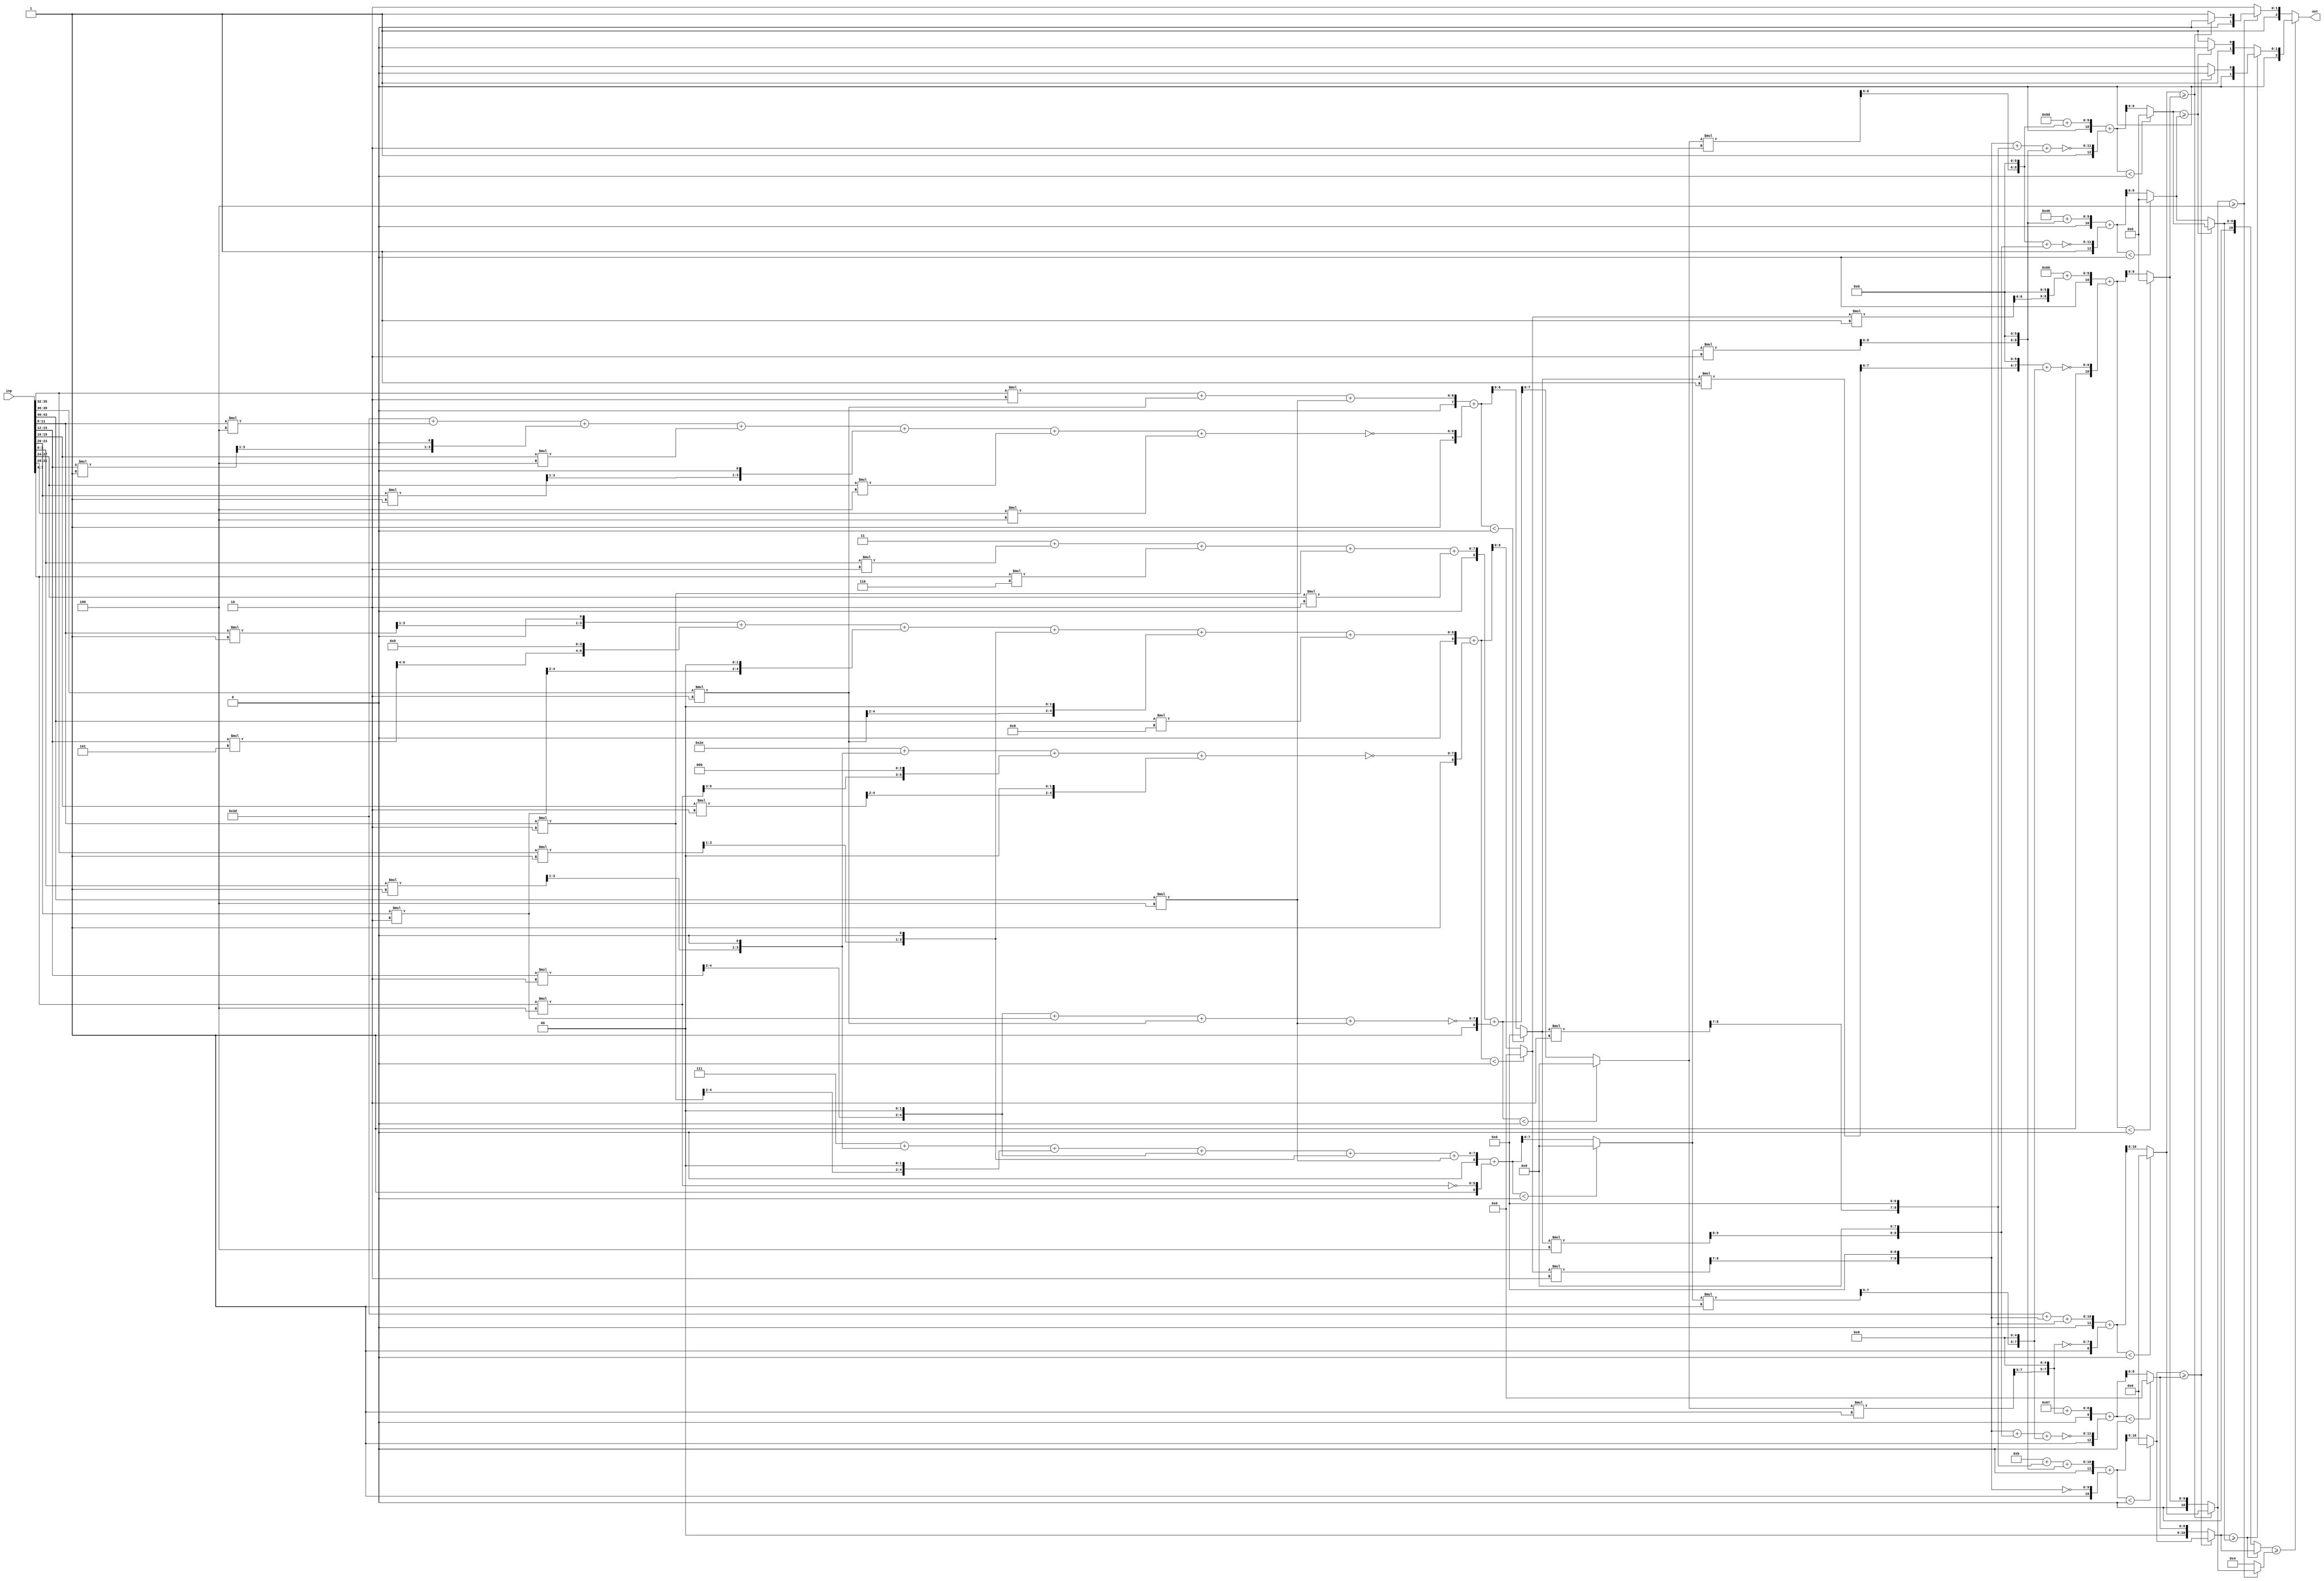
//AX Config: [0.36, 2.91, 3, 0.764, 0.5211]
//THL0: 0.36
//THL1: 2.91
//MSB: 3
//weights: [[[2, 6, 2, -2, 0, -2, 2, 0, 0, -2, -4], [-1, -4, 1, 5, -2, 2, 0, 0, 1, 2, 8], [0, 0, -4, -1, -4, -1, -4, -4, 2, 2, 4], [1, -4, 2, 2, 0, 0, 0, 0, 1, 0, 4]], [[0, -2, 2, 2], [1, -2, -4, -1], [2, -2, -2, -2], [-2, 0, -4, 2], [-1, 2, 2, 0], [0, 1, -1, -1], [0, 0, 0, 0]]]
//intercepts: [[3, -46, -61, 7], [11, 103, 157, 70, 61, 96, 4]]
//ax width : [[[(5, 0), (7, 0), (5, 0), (5, 3), (0, 0), (5, 0), (5, 0), (0, 0), (0, 0), (5, 0), (6, 0)], [(4, 2), (6, 4), (4, 2), (7, 5), (5, 3), (5, 3), (0, 0), (0, 0), (4, 2), (5, 3), (7, 0)], [(0, 0), (0, 0), (6, 0), (4, 2), (6, 0), (4, 2), (6, 0), (6, 0), (5, 0), (5, 0), (6, 0)], [(4, 2), (6, 0), (5, 3), (5, 3), (0, 0), (0, 0), (0, 0), (0, 0), (4, 2), (0, 0), (6, 0)]], [[(0, 0), (10, 8), (10, 8), (9, 7)], [(8, 6), (10, 8), (11, 9), (8, 6)], [(9, 7), (10, 8), (10, 8), (9, 7)], [(9, 7), (0, 0), (11, 9), (9, 7)], [(8, 6), (10, 8), (10, 8), (0, 0)], [(0, 0), (9, 7), (9, 7), (8, 6)], [(0, 0), (0, 0), (0, 0), (0, 0)]]]
module top (inp, out);
input [43:0] inp;
output [2:0] out;

// layer: 0 - neuron: 0
    //weight 2 : 2'b10
    wire [4:0] n_0_0_po_0, n_0_0_po_0_ax;
    assign n_0_0_po_0 = $unsigned(inp[3:0]) * $unsigned(2'b10);
    assign n_0_0_po_0_ax = n_0_0_po_0[4:0];

    //weight 6 : 3'b110
    wire [6:0] n_0_0_po_1, n_0_0_po_1_ax;
    assign n_0_0_po_1 = $unsigned(inp[7:4]) * $unsigned(3'b110);
    assign n_0_0_po_1_ax = n_0_0_po_1[6:0];

    //weight 2 : 2'b10
    wire [4:0] n_0_0_po_2, n_0_0_po_2_ax;
    assign n_0_0_po_2 = $unsigned(inp[11:8]) * $unsigned(2'b10);
    assign n_0_0_po_2_ax = n_0_0_po_2[4:0];

    //weight abs(-2) : 2'b10
    wire [4:0] n_0_0_po_3, n_0_0_po_3_ax;
    assign n_0_0_po_3 = $unsigned(inp[15:12]) * $unsigned(2'b10);
    assign n_0_0_po_3_ax = {n_0_0_po_3[4:2], {2{1'b0}}};

    //weight 0 : skip
    //weight abs(-2) : 2'b10
    wire [4:0] n_0_0_po_5, n_0_0_po_5_ax;
    assign n_0_0_po_5 = $unsigned(inp[23:20]) * $unsigned(2'b10);
    assign n_0_0_po_5_ax = n_0_0_po_5[4:0];

    //weight 2 : 2'b10
    wire [4:0] n_0_0_po_6, n_0_0_po_6_ax;
    assign n_0_0_po_6 = $unsigned(inp[27:24]) * $unsigned(2'b10);
    assign n_0_0_po_6_ax = n_0_0_po_6[4:0];

    //weight 0 : skip
    //weight 0 : skip
    //weight abs(-2) : 2'b10
    wire [4:0] n_0_0_po_9, n_0_0_po_9_ax;
    assign n_0_0_po_9 = $unsigned(inp[39:36]) * $unsigned(2'b10);
    assign n_0_0_po_9_ax = n_0_0_po_9[4:0];

    //weight abs(-4) : 3'b100
    wire [5:0] n_0_0_po_10, n_0_0_po_10_ax;
    assign n_0_0_po_10 = $unsigned(inp[43:40]) * $unsigned(3'b100);
    assign n_0_0_po_10_ax = n_0_0_po_10[5:0];

    //accumulate positive/negative subproducts
    wire [7:0] n_0_0_sum_pos;
    assign n_0_0_sum_pos = 2'b11 + n_0_0_po_0_ax + n_0_0_po_1_ax + n_0_0_po_2_ax + n_0_0_po_6_ax;
    wire [7:0] n_0_0_sum_neg;
    assign n_0_0_sum_neg = n_0_0_po_3_ax + n_0_0_po_5_ax + n_0_0_po_9_ax + n_0_0_po_10_ax;
    wire signed [8:0] n_0_0_sum;
    assign n_0_0_sum = $signed({1'b0,n_0_0_sum_pos}) + $signed({1'b1,~n_0_0_sum_neg});

    //relu
    wire [7:0] n_0_0;
    assign n_0_0 = (n_0_0_sum<0) ? $unsigned({8{1'b0}}) : $unsigned(n_0_0_sum[7:0]);

// layer: 0 - neuron: 1
    //weight abs(-1) : 1'b1
    wire [3:0] n_0_1_po_0, n_0_1_po_0_ax;
    assign n_0_1_po_0 = $unsigned(inp[3:0]) * $unsigned(1'b1);
    assign n_0_1_po_0_ax = {n_0_1_po_0[3:1], {1{1'b0}}};

    //weight abs(-4) : 3'b100
    wire [5:0] n_0_1_po_1, n_0_1_po_1_ax;
    assign n_0_1_po_1 = $unsigned(inp[7:4]) * $unsigned(3'b100);
    assign n_0_1_po_1_ax = {n_0_1_po_1[5:3], {3{1'b0}}};

    //weight 1 : 1'b1
    wire [3:0] n_0_1_po_2, n_0_1_po_2_ax;
    assign n_0_1_po_2 = $unsigned(inp[11:8]) * $unsigned(1'b1);
    assign n_0_1_po_2_ax = {n_0_1_po_2[3:1], {1{1'b0}}};

    //weight 5 : 3'b101
    wire [6:0] n_0_1_po_3, n_0_1_po_3_ax;
    assign n_0_1_po_3 = $unsigned(inp[15:12]) * $unsigned(3'b101);
    assign n_0_1_po_3_ax = {n_0_1_po_3[6:4], {4{1'b0}}};

    //weight abs(-2) : 2'b10
    wire [4:0] n_0_1_po_4, n_0_1_po_4_ax;
    assign n_0_1_po_4 = $unsigned(inp[19:16]) * $unsigned(2'b10);
    assign n_0_1_po_4_ax = {n_0_1_po_4[4:2], {2{1'b0}}};

    //weight 2 : 2'b10
    wire [4:0] n_0_1_po_5, n_0_1_po_5_ax;
    assign n_0_1_po_5 = $unsigned(inp[23:20]) * $unsigned(2'b10);
    assign n_0_1_po_5_ax = {n_0_1_po_5[4:2], {2{1'b0}}};

    //weight 0 : skip
    //weight 0 : skip
    //weight 1 : 1'b1
    wire [3:0] n_0_1_po_8, n_0_1_po_8_ax;
    assign n_0_1_po_8 = $unsigned(inp[35:32]) * $unsigned(1'b1);
    assign n_0_1_po_8_ax = {n_0_1_po_8[3:1], {1{1'b0}}};

    //weight 2 : 2'b10
    wire [4:0] n_0_1_po_9, n_0_1_po_9_ax;
    assign n_0_1_po_9 = $unsigned(inp[39:36]) * $unsigned(2'b10);
    assign n_0_1_po_9_ax = {n_0_1_po_9[4:2], {2{1'b0}}};

    //weight 8 : 4'b1000
    wire [6:0] n_0_1_po_10, n_0_1_po_10_ax;
    assign n_0_1_po_10 = $unsigned(inp[43:40]) * $unsigned(4'b1000);
    assign n_0_1_po_10_ax = n_0_1_po_10[6:0];

    //accumulate positive/negative subproducts
    wire [8:0] n_0_1_sum_pos;
    assign n_0_1_sum_pos = n_0_1_po_2_ax + n_0_1_po_3_ax + n_0_1_po_5_ax + n_0_1_po_8_ax + n_0_1_po_9_ax + n_0_1_po_10_ax;
    wire [7:0] n_0_1_sum_neg;
    assign n_0_1_sum_neg = 6'b101110 + n_0_1_po_0_ax + n_0_1_po_1_ax + n_0_1_po_4_ax;
    wire signed [9:0] n_0_1_sum;
    assign n_0_1_sum = $signed({1'b0,n_0_1_sum_pos}) + $signed({1'b1,~n_0_1_sum_neg});

    //relu
    wire [8:0] n_0_1;
    assign n_0_1 = (n_0_1_sum<0) ? $unsigned({9{1'b0}}) : $unsigned(n_0_1_sum[8:0]);

// layer: 0 - neuron: 2
    //weight 0 : skip
    //weight 0 : skip
    //weight abs(-4) : 3'b100
    wire [5:0] n_0_2_po_2, n_0_2_po_2_ax;
    assign n_0_2_po_2 = $unsigned(inp[11:8]) * $unsigned(3'b100);
    assign n_0_2_po_2_ax = n_0_2_po_2[5:0];

    //weight abs(-1) : 1'b1
    wire [3:0] n_0_2_po_3, n_0_2_po_3_ax;
    assign n_0_2_po_3 = $unsigned(inp[15:12]) * $unsigned(1'b1);
    assign n_0_2_po_3_ax = {n_0_2_po_3[3:1], {1{1'b0}}};

    //weight abs(-4) : 3'b100
    wire [5:0] n_0_2_po_4, n_0_2_po_4_ax;
    assign n_0_2_po_4 = $unsigned(inp[19:16]) * $unsigned(3'b100);
    assign n_0_2_po_4_ax = n_0_2_po_4[5:0];

    //weight abs(-1) : 1'b1
    wire [3:0] n_0_2_po_5, n_0_2_po_5_ax;
    assign n_0_2_po_5 = $unsigned(inp[23:20]) * $unsigned(1'b1);
    assign n_0_2_po_5_ax = {n_0_2_po_5[3:1], {1{1'b0}}};

    //weight abs(-4) : 3'b100
    wire [5:0] n_0_2_po_6, n_0_2_po_6_ax;
    assign n_0_2_po_6 = $unsigned(inp[27:24]) * $unsigned(3'b100);
    assign n_0_2_po_6_ax = n_0_2_po_6[5:0];

    //weight abs(-4) : 3'b100
    wire [5:0] n_0_2_po_7, n_0_2_po_7_ax;
    assign n_0_2_po_7 = $unsigned(inp[31:28]) * $unsigned(3'b100);
    assign n_0_2_po_7_ax = n_0_2_po_7[5:0];

    //weight 2 : 2'b10
    wire [4:0] n_0_2_po_8, n_0_2_po_8_ax;
    assign n_0_2_po_8 = $unsigned(inp[35:32]) * $unsigned(2'b10);
    assign n_0_2_po_8_ax = n_0_2_po_8[4:0];

    //weight 2 : 2'b10
    wire [4:0] n_0_2_po_9, n_0_2_po_9_ax;
    assign n_0_2_po_9 = $unsigned(inp[39:36]) * $unsigned(2'b10);
    assign n_0_2_po_9_ax = n_0_2_po_9[4:0];

    //weight 4 : 3'b100
    wire [5:0] n_0_2_po_10, n_0_2_po_10_ax;
    assign n_0_2_po_10 = $unsigned(inp[43:40]) * $unsigned(3'b100);
    assign n_0_2_po_10_ax = n_0_2_po_10[5:0];

    //accumulate positive/negative subproducts
    wire [6:0] n_0_2_sum_pos;
    assign n_0_2_sum_pos = n_0_2_po_8_ax + n_0_2_po_9_ax + n_0_2_po_10_ax;
    wire [8:0] n_0_2_sum_neg;
    assign n_0_2_sum_neg = 6'b111101 + n_0_2_po_2_ax + n_0_2_po_3_ax + n_0_2_po_4_ax + n_0_2_po_5_ax + n_0_2_po_6_ax + n_0_2_po_7_ax;
    wire signed [9:0] n_0_2_sum;
    assign n_0_2_sum = $signed({1'b0,n_0_2_sum_pos}) + $signed({1'b1,~n_0_2_sum_neg});

    //relu
    wire [6:0] n_0_2;
    assign n_0_2 = (n_0_2_sum<0) ? $unsigned({7{1'b0}}) : $unsigned(n_0_2_sum[6:0]);

// layer: 0 - neuron: 3
    //weight 1 : 1'b1
    wire [3:0] n_0_3_po_0, n_0_3_po_0_ax;
    assign n_0_3_po_0 = $unsigned(inp[3:0]) * $unsigned(1'b1);
    assign n_0_3_po_0_ax = {n_0_3_po_0[3:1], {1{1'b0}}};

    //weight abs(-4) : 3'b100
    wire [5:0] n_0_3_po_1, n_0_3_po_1_ax;
    assign n_0_3_po_1 = $unsigned(inp[7:4]) * $unsigned(3'b100);
    assign n_0_3_po_1_ax = n_0_3_po_1[5:0];

    //weight 2 : 2'b10
    wire [4:0] n_0_3_po_2, n_0_3_po_2_ax;
    assign n_0_3_po_2 = $unsigned(inp[11:8]) * $unsigned(2'b10);
    assign n_0_3_po_2_ax = {n_0_3_po_2[4:2], {2{1'b0}}};

    //weight 2 : 2'b10
    wire [4:0] n_0_3_po_3, n_0_3_po_3_ax;
    assign n_0_3_po_3 = $unsigned(inp[15:12]) * $unsigned(2'b10);
    assign n_0_3_po_3_ax = {n_0_3_po_3[4:2], {2{1'b0}}};

    //weight 0 : skip
    //weight 0 : skip
    //weight 0 : skip
    //weight 0 : skip
    //weight 1 : 1'b1
    wire [3:0] n_0_3_po_8, n_0_3_po_8_ax;
    assign n_0_3_po_8 = $unsigned(inp[35:32]) * $unsigned(1'b1);
    assign n_0_3_po_8_ax = {n_0_3_po_8[3:1], {1{1'b0}}};

    //weight 0 : skip
    //weight 4 : 3'b100
    wire [5:0] n_0_3_po_10, n_0_3_po_10_ax;
    assign n_0_3_po_10 = $unsigned(inp[43:40]) * $unsigned(3'b100);
    assign n_0_3_po_10_ax = n_0_3_po_10[5:0];

    //accumulate positive/negative subproducts
    wire [7:0] n_0_3_sum_pos;
    assign n_0_3_sum_pos = 3'b111 + n_0_3_po_0_ax + n_0_3_po_2_ax + n_0_3_po_3_ax + n_0_3_po_8_ax + n_0_3_po_10_ax;
    wire [5:0] n_0_3_sum_neg;
    assign n_0_3_sum_neg = n_0_3_po_1_ax;
    wire signed [8:0] n_0_3_sum;
    assign n_0_3_sum = $signed({1'b0,n_0_3_sum_pos}) + $signed({1'b1,~n_0_3_sum_neg});

    //relu
    wire [7:0] n_0_3;
    assign n_0_3 = (n_0_3_sum<0) ? $unsigned({8{1'b0}}) : $unsigned(n_0_3_sum[7:0]);

// layer: 1 - neuron: 0
    //weight 0 : skip
    //weight abs(-2) : 2'b10
    wire [9:0] n_1_0_po_1, n_1_0_po_1_ax;
    assign n_1_0_po_1 = $unsigned(n_0_1) * $unsigned(2'b10);
    assign n_1_0_po_1_ax = {n_1_0_po_1[9:7], {7{1'b0}}};

    //weight 2 : 2'b10
    wire [9:0] n_1_0_po_2, n_1_0_po_2_ax;
    assign n_1_0_po_2 = $unsigned(n_0_2) * $unsigned(2'b10);
    assign n_1_0_po_2_ax = {n_1_0_po_2[9:7], {7{1'b0}}};

    //weight 2 : 2'b10
    wire [8:0] n_1_0_po_3, n_1_0_po_3_ax;
    assign n_1_0_po_3 = $unsigned(n_0_3) * $unsigned(2'b10);
    assign n_1_0_po_3_ax = {n_1_0_po_3[8:6], {6{1'b0}}};

    //accumulate positive/negative subproducts
    wire [10:0] n_1_0_sum_pos;
    assign n_1_0_sum_pos = 4'b1011 + n_1_0_po_2_ax + n_1_0_po_3_ax;
    wire [9:0] n_1_0_sum_neg;
    assign n_1_0_sum_neg = n_1_0_po_1_ax;
    wire signed [11:0] n_1_0_sum;
    assign n_1_0_sum = $signed({1'b0,n_1_0_sum_pos}) + $signed({1'b1,~n_1_0_sum_neg});

    //relu
    wire [10:0] n_1_0;
    assign n_1_0 = (n_1_0_sum<0) ? $unsigned({11{1'b0}}) : $unsigned(n_1_0_sum[10:0]);

// layer: 1 - neuron: 1
    //weight 1 : 1'b1
    wire [7:0] n_1_1_po_0, n_1_1_po_0_ax;
    assign n_1_1_po_0 = $unsigned(n_0_0) * $unsigned(1'b1);
    assign n_1_1_po_0_ax = {n_1_1_po_0[7:5], {5{1'b0}}};

    //weight abs(-2) : 2'b10
    wire [9:0] n_1_1_po_1, n_1_1_po_1_ax;
    assign n_1_1_po_1 = $unsigned(n_0_1) * $unsigned(2'b10);
    assign n_1_1_po_1_ax = {n_1_1_po_1[9:7], {7{1'b0}}};

    //weight abs(-4) : 3'b100
    wire [10:0] n_1_1_po_2, n_1_1_po_2_ax;
    assign n_1_1_po_2 = $unsigned(n_0_2) * $unsigned(3'b100);
    assign n_1_1_po_2_ax = {n_1_1_po_2[10:8], {8{1'b0}}};

    //weight abs(-1) : 1'b1
    wire [7:0] n_1_1_po_3, n_1_1_po_3_ax;
    assign n_1_1_po_3 = $unsigned(n_0_3) * $unsigned(1'b1);
    assign n_1_1_po_3_ax = {n_1_1_po_3[7:5], {5{1'b0}}};

    //accumulate positive/negative subproducts
    wire [8:0] n_1_1_sum_pos;
    assign n_1_1_sum_pos = 7'b1100111 + n_1_1_po_0_ax;
    wire [11:0] n_1_1_sum_neg;
    assign n_1_1_sum_neg = n_1_1_po_1_ax + n_1_1_po_2_ax + n_1_1_po_3_ax;
    wire signed [12:0] n_1_1_sum;
    assign n_1_1_sum = $signed({1'b0,n_1_1_sum_pos}) + $signed({1'b1,~n_1_1_sum_neg});

    //relu
    wire [8:0] n_1_1;
    assign n_1_1 = (n_1_1_sum<0) ? $unsigned({9{1'b0}}) : $unsigned(n_1_1_sum[8:0]);

// layer: 1 - neuron: 2
    //weight 2 : 2'b10
    wire [8:0] n_1_2_po_0, n_1_2_po_0_ax;
    assign n_1_2_po_0 = $unsigned(n_0_0) * $unsigned(2'b10);
    assign n_1_2_po_0_ax = {n_1_2_po_0[8:6], {6{1'b0}}};

    //weight abs(-2) : 2'b10
    wire [9:0] n_1_2_po_1, n_1_2_po_1_ax;
    assign n_1_2_po_1 = $unsigned(n_0_1) * $unsigned(2'b10);
    assign n_1_2_po_1_ax = {n_1_2_po_1[9:7], {7{1'b0}}};

    //weight abs(-2) : 2'b10
    wire [9:0] n_1_2_po_2, n_1_2_po_2_ax;
    assign n_1_2_po_2 = $unsigned(n_0_2) * $unsigned(2'b10);
    assign n_1_2_po_2_ax = {n_1_2_po_2[9:7], {7{1'b0}}};

    //weight abs(-2) : 2'b10
    wire [8:0] n_1_2_po_3, n_1_2_po_3_ax;
    assign n_1_2_po_3 = $unsigned(n_0_3) * $unsigned(2'b10);
    assign n_1_2_po_3_ax = {n_1_2_po_3[8:6], {6{1'b0}}};

    //accumulate positive/negative subproducts
    wire [9:0] n_1_2_sum_pos;
    assign n_1_2_sum_pos = 8'b10011101 + n_1_2_po_0_ax;
    wire [11:0] n_1_2_sum_neg;
    assign n_1_2_sum_neg = n_1_2_po_1_ax + n_1_2_po_2_ax + n_1_2_po_3_ax;
    wire signed [12:0] n_1_2_sum;
    assign n_1_2_sum = $signed({1'b0,n_1_2_sum_pos}) + $signed({1'b1,~n_1_2_sum_neg});

    //relu
    wire [9:0] n_1_2;
    assign n_1_2 = (n_1_2_sum<0) ? $unsigned({10{1'b0}}) : $unsigned(n_1_2_sum[9:0]);

// layer: 1 - neuron: 3
    //weight abs(-2) : 2'b10
    wire [8:0] n_1_3_po_0, n_1_3_po_0_ax;
    assign n_1_3_po_0 = $unsigned(n_0_0) * $unsigned(2'b10);
    assign n_1_3_po_0_ax = {n_1_3_po_0[8:6], {6{1'b0}}};

    //weight 0 : skip
    //weight abs(-4) : 3'b100
    wire [10:0] n_1_3_po_2, n_1_3_po_2_ax;
    assign n_1_3_po_2 = $unsigned(n_0_2) * $unsigned(3'b100);
    assign n_1_3_po_2_ax = {n_1_3_po_2[10:8], {8{1'b0}}};

    //weight 2 : 2'b10
    wire [8:0] n_1_3_po_3, n_1_3_po_3_ax;
    assign n_1_3_po_3 = $unsigned(n_0_3) * $unsigned(2'b10);
    assign n_1_3_po_3_ax = {n_1_3_po_3[8:6], {6{1'b0}}};

    //accumulate positive/negative subproducts
    wire [9:0] n_1_3_sum_pos;
    assign n_1_3_sum_pos = 7'b1000110 + n_1_3_po_3_ax;
    wire [11:0] n_1_3_sum_neg;
    assign n_1_3_sum_neg = n_1_3_po_0_ax + n_1_3_po_2_ax;
    wire signed [12:0] n_1_3_sum;
    assign n_1_3_sum = $signed({1'b0,n_1_3_sum_pos}) + $signed({1'b1,~n_1_3_sum_neg});

    //relu
    wire [9:0] n_1_3;
    assign n_1_3 = (n_1_3_sum<0) ? $unsigned({10{1'b0}}) : $unsigned(n_1_3_sum[9:0]);

// layer: 1 - neuron: 4
    //weight abs(-1) : 1'b1
    wire [7:0] n_1_4_po_0, n_1_4_po_0_ax;
    assign n_1_4_po_0 = $unsigned(n_0_0) * $unsigned(1'b1);
    assign n_1_4_po_0_ax = {n_1_4_po_0[7:5], {5{1'b0}}};

    //weight 2 : 2'b10
    wire [9:0] n_1_4_po_1, n_1_4_po_1_ax;
    assign n_1_4_po_1 = $unsigned(n_0_1) * $unsigned(2'b10);
    assign n_1_4_po_1_ax = {n_1_4_po_1[9:7], {7{1'b0}}};

    //weight 2 : 2'b10
    wire [9:0] n_1_4_po_2, n_1_4_po_2_ax;
    assign n_1_4_po_2 = $unsigned(n_0_2) * $unsigned(2'b10);
    assign n_1_4_po_2_ax = {n_1_4_po_2[9:7], {7{1'b0}}};

    //weight 0 : skip
    //accumulate positive/negative subproducts
    wire [10:0] n_1_4_sum_pos;
    assign n_1_4_sum_pos = 6'b111101 + n_1_4_po_1_ax + n_1_4_po_2_ax;
    wire [7:0] n_1_4_sum_neg;
    assign n_1_4_sum_neg = n_1_4_po_0_ax;
    wire signed [11:0] n_1_4_sum;
    assign n_1_4_sum = $signed({1'b0,n_1_4_sum_pos}) + $signed({1'b1,~n_1_4_sum_neg});

    //relu
    wire [10:0] n_1_4;
    assign n_1_4 = (n_1_4_sum<0) ? $unsigned({11{1'b0}}) : $unsigned(n_1_4_sum[10:0]);

// layer: 1 - neuron: 5
    //weight 0 : skip
    //weight 1 : 1'b1
    wire [8:0] n_1_5_po_1, n_1_5_po_1_ax;
    assign n_1_5_po_1 = $unsigned(n_0_1) * $unsigned(1'b1);
    assign n_1_5_po_1_ax = {n_1_5_po_1[8:6], {6{1'b0}}};

    //weight abs(-1) : 1'b1
    wire [8:0] n_1_5_po_2, n_1_5_po_2_ax;
    assign n_1_5_po_2 = $unsigned(n_0_2) * $unsigned(1'b1);
    assign n_1_5_po_2_ax = {n_1_5_po_2[8:6], {6{1'b0}}};

    //weight abs(-1) : 1'b1
    wire [7:0] n_1_5_po_3, n_1_5_po_3_ax;
    assign n_1_5_po_3 = $unsigned(n_0_3) * $unsigned(1'b1);
    assign n_1_5_po_3_ax = {n_1_5_po_3[7:5], {5{1'b0}}};

    //accumulate positive/negative subproducts
    wire [9:0] n_1_5_sum_pos;
    assign n_1_5_sum_pos = 7'b1100000 + n_1_5_po_1_ax;
    wire [9:0] n_1_5_sum_neg;
    assign n_1_5_sum_neg = n_1_5_po_2_ax + n_1_5_po_3_ax;
    wire signed [10:0] n_1_5_sum;
    assign n_1_5_sum = $signed({1'b0,n_1_5_sum_pos}) + $signed({1'b1,~n_1_5_sum_neg});

    //relu
    wire [9:0] n_1_5;
    assign n_1_5 = (n_1_5_sum<0) ? $unsigned({10{1'b0}}) : $unsigned(n_1_5_sum[9:0]);

// layer: 1 - neuron: 6
    //weight 0 : skip
    //weight 0 : skip
    //weight 0 : skip
    //weight 0 : skip
    //accumulate positive/negative subproducts
    wire [2:0] n_1_6_sum_pos;
    assign n_1_6_sum_pos = 3'b100;

    //WARN: only positive weights. Using identity
    wire [2:0] n_1_6;
    assign n_1_6 = n_1_6_sum_pos;

// argmax: 7 classes, need 3 bits
// argmax inp: n_1_0, n_1_1, n_1_2, n_1_3, n_1_4, n_1_5, n_1_6
    //comp level 0
    wire cmp_0_0;
    wire [10:0] argmax_val_0_0;
    wire [2:0] argmax_idx_0_0;
    assign {cmp_0_0} = ( n_1_0 >= n_1_1 );
    assign {argmax_val_0_0} = ( cmp_0_0 ) ? n_1_0 : n_1_1;
    assign {argmax_idx_0_0} = ( cmp_0_0 ) ? 3'b000 : 3'b001;

    wire cmp_0_2;
    wire [10:0] argmax_val_0_2;
    wire [2:0] argmax_idx_0_2;
    assign {cmp_0_2} = ( n_1_2 >= n_1_3 );
    assign {argmax_val_0_2} = ( cmp_0_2 ) ? n_1_2 : n_1_3;
    assign {argmax_idx_0_2} = ( cmp_0_2 ) ? 3'b010 : 3'b011;

    wire cmp_0_4;
    wire [10:0] argmax_val_0_4;
    wire [2:0] argmax_idx_0_4;
    assign {cmp_0_4} = ( n_1_4 >= n_1_5 );
    assign {argmax_val_0_4} = ( cmp_0_4 ) ? n_1_4 : n_1_5;
    assign {argmax_idx_0_4} = ( cmp_0_4 ) ? 3'b100 : 3'b101;

    //comp level 1
    wire cmp_1_0;
    wire [10:0] argmax_val_1_0;
    wire [2:0] argmax_idx_1_0;
    assign {cmp_1_0} = ( argmax_val_0_0 >= argmax_val_0_2 );
    assign {argmax_val_1_0} = ( cmp_1_0 ) ? argmax_val_0_0 : argmax_val_0_2;
    assign {argmax_idx_1_0} = ( cmp_1_0 ) ? argmax_idx_0_0 : argmax_idx_0_2;

    wire cmp_1_2;
    wire [10:0] argmax_val_1_2;
    wire [2:0] argmax_idx_1_2;
    assign {cmp_1_2} = ( argmax_val_0_4 >= n_1_6 );
    assign {argmax_val_1_2} = ( cmp_1_2 ) ? argmax_val_0_4 : n_1_6;
    assign {argmax_idx_1_2} = ( cmp_1_2 ) ? argmax_idx_0_4 : 3'b110;

    //comp level 2
    wire cmp_2_0;
    wire [10:0] argmax_val_2_0;
    wire [2:0] argmax_idx_2_0;
    assign {cmp_2_0} = ( argmax_val_1_0 >= argmax_val_1_2 );
    assign {argmax_val_2_0} = ( cmp_2_0 ) ? argmax_val_1_0 : argmax_val_1_2;
    assign {argmax_idx_2_0} = ( cmp_2_0 ) ? argmax_idx_1_0 : argmax_idx_1_2;

    assign out = argmax_idx_2_0;

endmodule